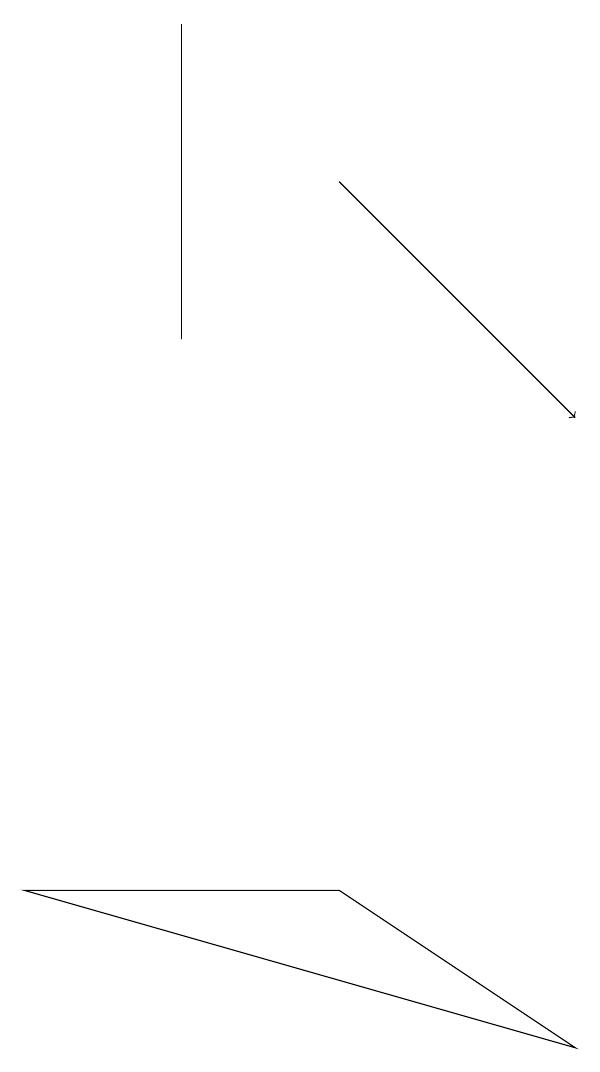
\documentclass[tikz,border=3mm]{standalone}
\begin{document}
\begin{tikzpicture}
\draw[->] (4,15) -- (7,12);
\draw (0,6) -- (7,4) -- (4,6) -- cycle;
\draw (2,17) rectangle (2,13);
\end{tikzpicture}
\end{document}